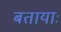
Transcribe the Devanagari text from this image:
बतायाः